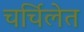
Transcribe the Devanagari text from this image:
चर्चिलेत